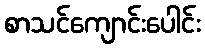
စာသင်ကျောင်းပေါင်း